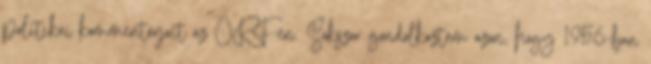
politikai kommentárjait az ORF-en. Sokszor gondolkoztam azon, hogy 1956-ban